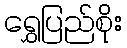
ရွှေပြည်စိုး